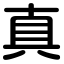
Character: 真